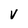
Character: v